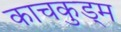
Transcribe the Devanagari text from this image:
काचकुड्म